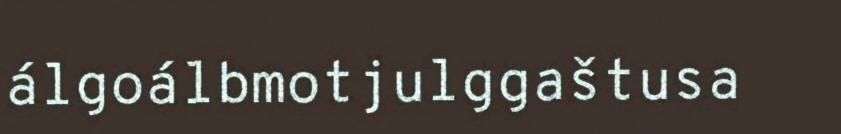
álgoálbmotjulggaštusa